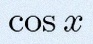
\cos x